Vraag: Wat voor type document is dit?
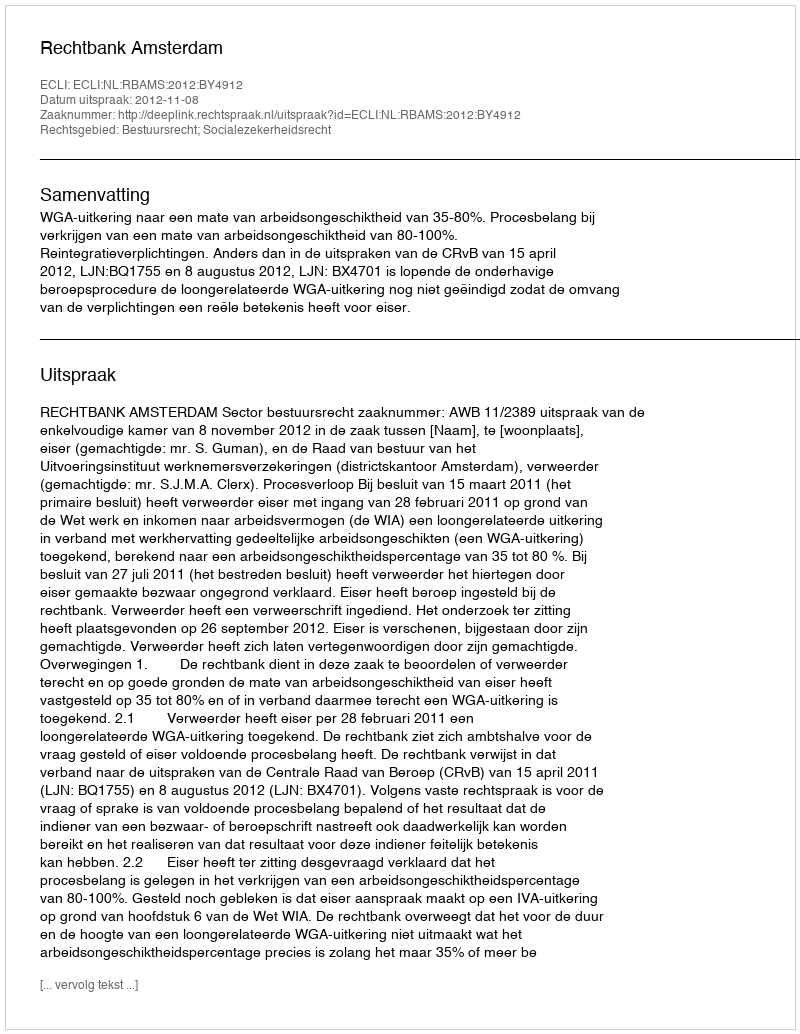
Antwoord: Uitspraak